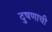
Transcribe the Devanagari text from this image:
दुषणाची